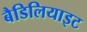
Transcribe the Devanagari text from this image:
बैडिलियाइट